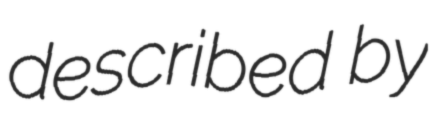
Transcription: described by